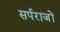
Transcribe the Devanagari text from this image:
सर्पराजों